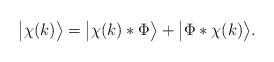
LaTeX: \begin{align*} \big|\chi(k)\big\rangle = \big|\chi(k) * \Phi \big\rangle + \big|\Phi * \chi(k)\big\rangle.\end{align*}